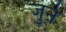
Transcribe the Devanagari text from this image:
जुऩे